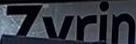
Zvrin